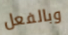
وبالفعل